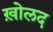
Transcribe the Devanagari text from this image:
ख़ोलद